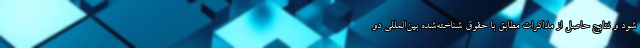
شود و نتایج حاصل از مذاکرات مطابق با حقوق شناخته‌شده بین‌المللی دو